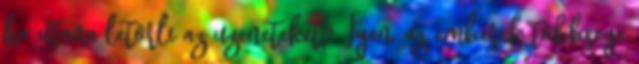
ha utana letorli az uzeneteket? Igen, az emberek tobbsege